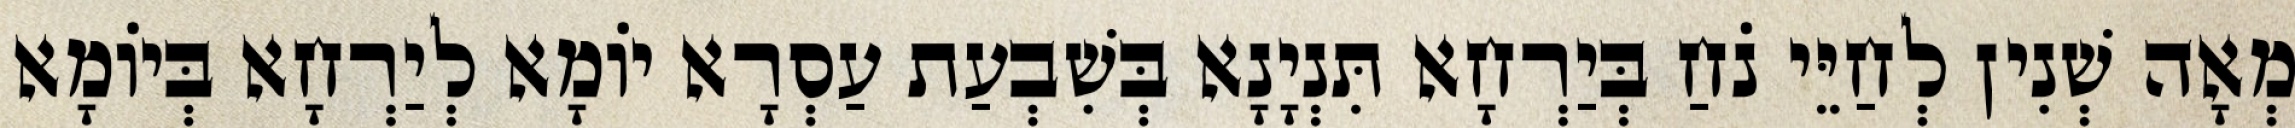
מְאָה שְׁנִין לְחַיֵּי נֹחַ בְּיַרְחָא תִּנְיָנָא בְּשִׁבְעַת עַסְרָא יוֹמָא לְיַרְחָא בְּיוֹמָא